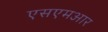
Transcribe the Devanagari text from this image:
एसएमआर